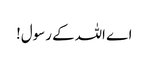
اے اللہ کے رسول!